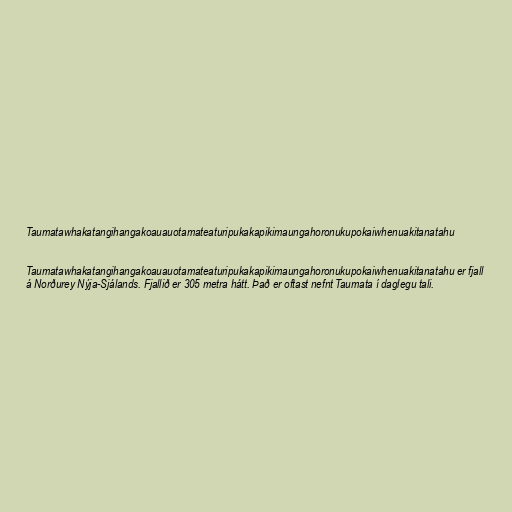
Taumatawhakatangihangakoauauotamateaturipukakapikimaungahoronukupokaiwhenuakitanatahu

Taumatawhakatangihangakoauauotamateaturipukakapikimaungahoronukupokaiwhenuakitanatahu er fjall
á Norðurey Nýja-Sjálands. Fjallið er 305 metra hátt. Það er oftast nefnt Taumata í daglegu tali.